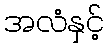
အလံနှင့်